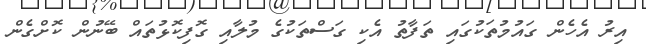
އިރު އެހެން ގައުމުތަކުގައި ތަފާތު އެކި ގަސްތަކުގެ މުލާއި ގޮފިކޮޅުތައް ބޭނުން ކޮށްގެން